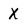
Character: X